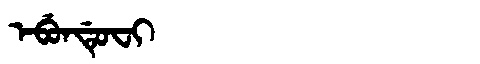
Manchu: ᡝᠪᡠᠨᡩᡠᠸᡳ
Romanization: EBUNDUFI